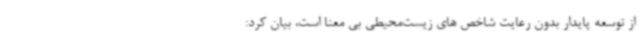
از توسعه پایدار بدون رعایت شاخص های زیست‌محیطی بی معنا است، بیان کرد: